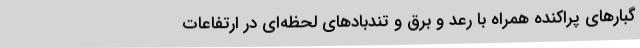
گبارهای پراکنده همراه با رعد و برق و تندبادهای لحظه‌ای در ارتفاعات